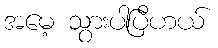
အမေ့ သွားပါပြီဟယ်